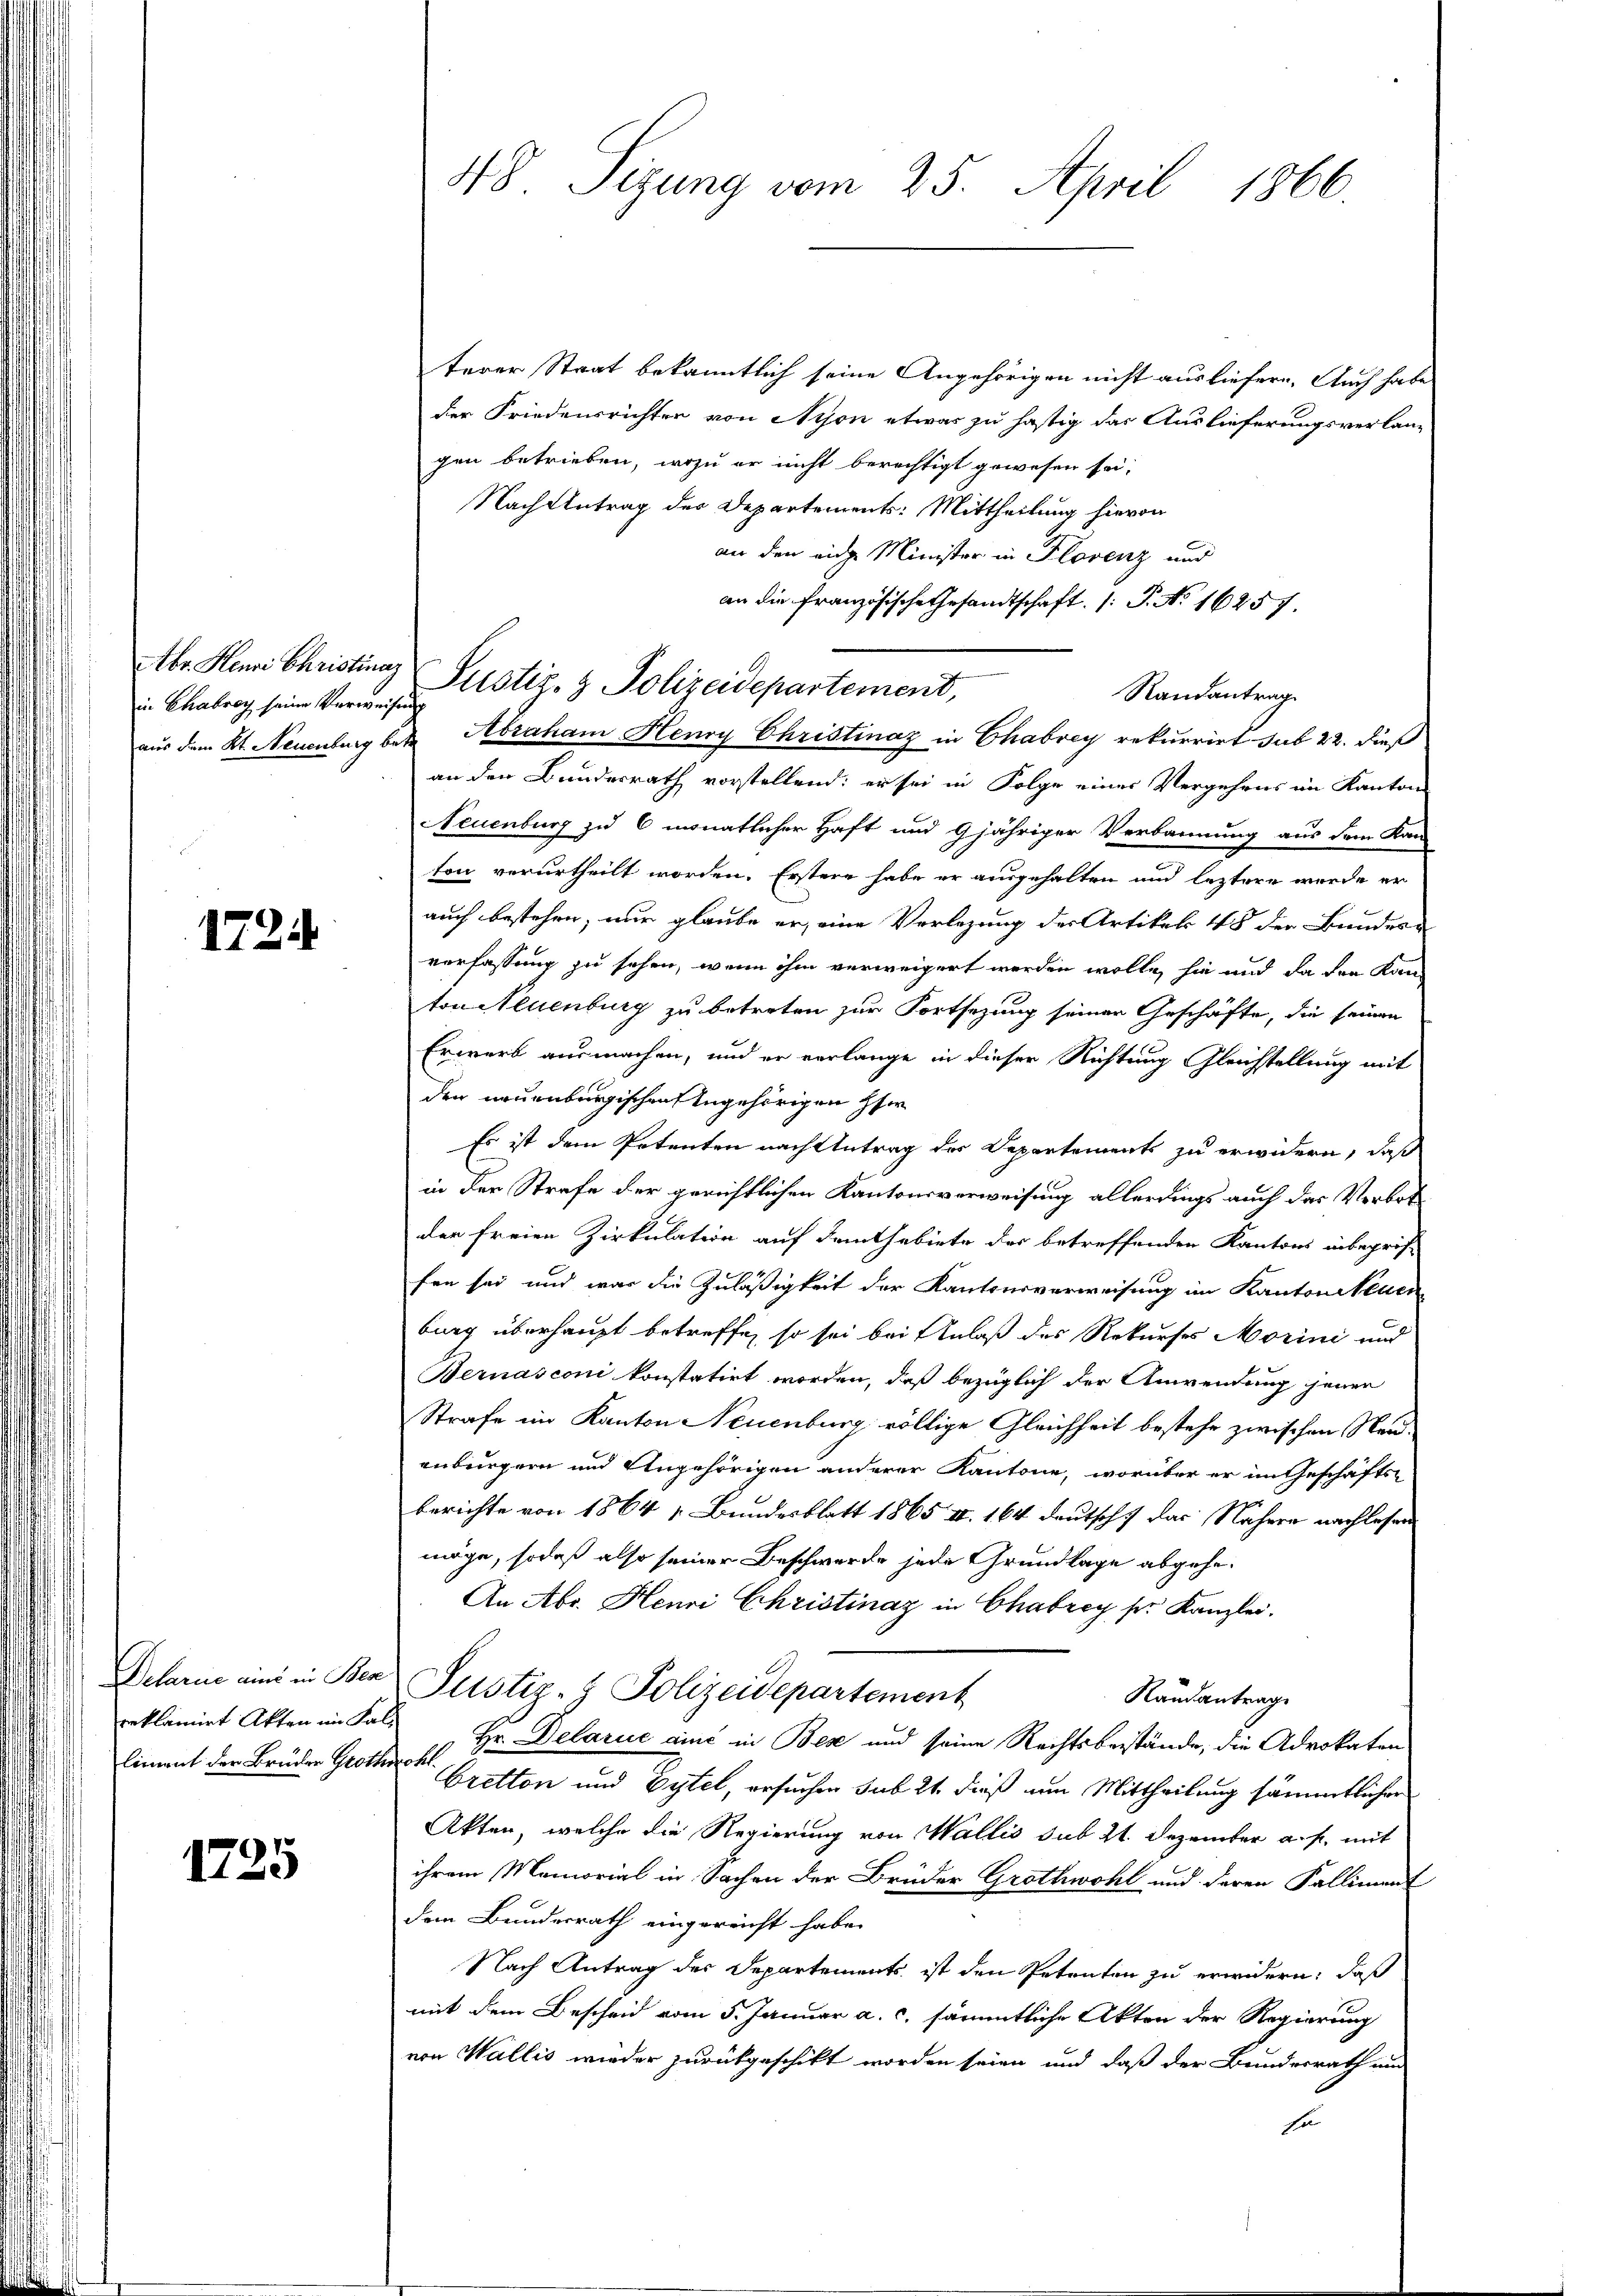
in Chabroy seine Verweisung

1724

reklamirt Akten im Sa
liment der Brüder Grot.

1725

terer Staat bekanntlich seine Angehörigen nicht ausliefern. Auch habe
der Friedensrichten von Nyon etwas zu hastig das Auslieferungsverlang
gen betrieben, wozu er nicht berechtigt gewesen sei,
Nach Antrag des Departements: Mittheilung hievon
an den eidge Minister in Florenz und
an die französische Gesandtschaft. /: P. No 16257.
Randantrag
aus dem K. Neuenburg betr. Abraham Henry Christinaz in Chabrey rekurrirt sub 22. dieß
an den Bundesrath vorstellend; er sei in Folge eines Vergehens im Kanton
Neuenburg zu 6 monatlicher Haft und 9jähriger Verbannung aus dem Kan-
ton verurtheilt worden. Erstere habe er ausgehalten und leztere wurde er
auch bestehen, nur glaube er, eine Verlegung der Artikel 48 der Bundes-
verfassung zu sehen, wenn ihm verweigert werden wolle, sie und da den Kanton Neuenburg zu betreten zur Fortsezung seiner Geschäfte, die seinen
Erwerb ausmachen, und er verlange in dieser Richtung Gleichstellung mit
den neuenburgischen Angehörigen Her
Es ist dem Petenten nach Antrag der Departements zu erwidern, daß
in der Strafe der gerichtlichen Kantonsverweisung allerdings auch das Verbotder freien Zirkulation auf Fauthabirte der betreffenden Kantons inbegrif-
fen sei, und war die Zuläßigkeit der Kantonsverweisung im Kanton Neuen
burg überhaupt betreffe, so sei bei Anlaß des Rekurses Morini und
Bernasconi konstatirt worden, daß bezüglich der Anwendung jener
Strafe im Kanton Neuenburg völlige Gleichheit bestehe zwischen Neuenburgern und Angehörigen anderer Kantone, worüber er im Geschäfts-
berichte von 1864 „Bundesblatt 1865 II. 164 deutsch das Nähere nachlesen
möge, sodaß also seiner Beschwerde jede Grundlage abgehe.
An Abr. Henri Christinaz in Chabrey ser Kanzlei.
Delarne eine in Ber Justiz- & Polizeidepartement
Randantrage
h
Hr. Delarie ains in Bese und seine Rechtsbestände, die Advokaten
erfekt
bretton und Eytel, ersuchen sub 21. dieß um Mittheilung sämmtlicher
Akten, welche die Regierung von Wallis sub 21. Dezember auf, mit
ihrem Memorial in Sachen der Brüder Grothwohl und deren Falliment
dem Bundesrath eingereicht habe.
Nach Antrag der Departements ist den Petenten zu erwidern, daß
mit dem Bescheid vom 5. Januar a. c. sämmtliche Akten der Regierung
von Wallis wieder zurükgeschikt worden seien und daß der Bundesrath und
Fo

48. Sigung vom 25. April 1866.

Abr. Henri Christina Pustiz- & Polizeidepartement,